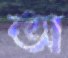
অ